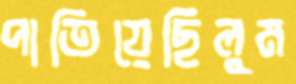
পাতিয়েছিলুম